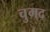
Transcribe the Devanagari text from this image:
चुगद